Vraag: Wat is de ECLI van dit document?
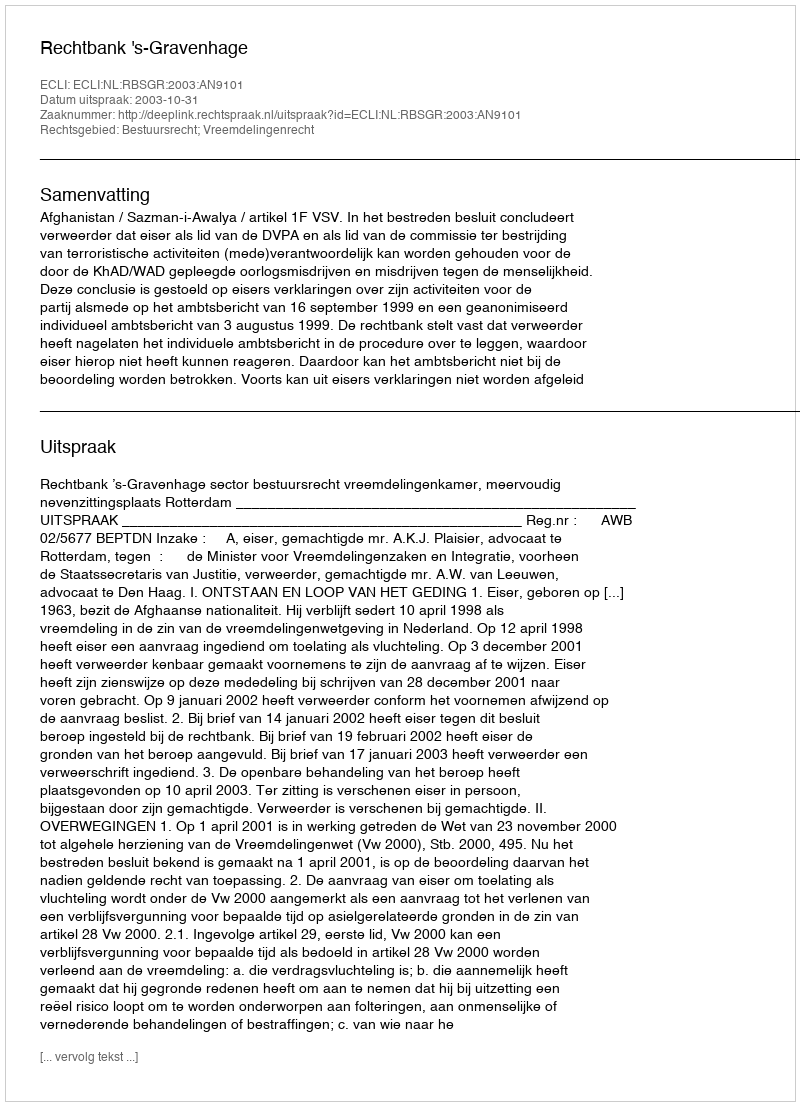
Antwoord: ECLI:NL:RBSGR:2003:AN9101